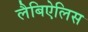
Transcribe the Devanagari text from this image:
लैबिऐलिस